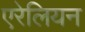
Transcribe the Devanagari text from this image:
एरेलियन